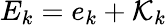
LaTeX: E_{k}=e_{k}+\mathcal{K}_{k}